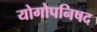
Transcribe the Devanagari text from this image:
योगोपनिषद